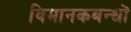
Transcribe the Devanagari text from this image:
विमानकबन्धों